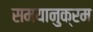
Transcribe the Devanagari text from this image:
समयानुक्रम